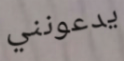
يدعونني